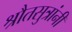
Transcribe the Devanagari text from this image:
श्रौतसुत्रांनी